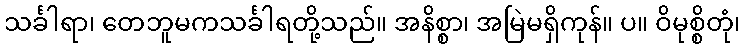
သင်္ခါရာ၊ တေဘူမကသင်္ခါရတို့သည်။ အနိစ္စာ၊ အမြဲမရှိကုန်။ ပ။ ဝိမုစ္စိတုံ၊